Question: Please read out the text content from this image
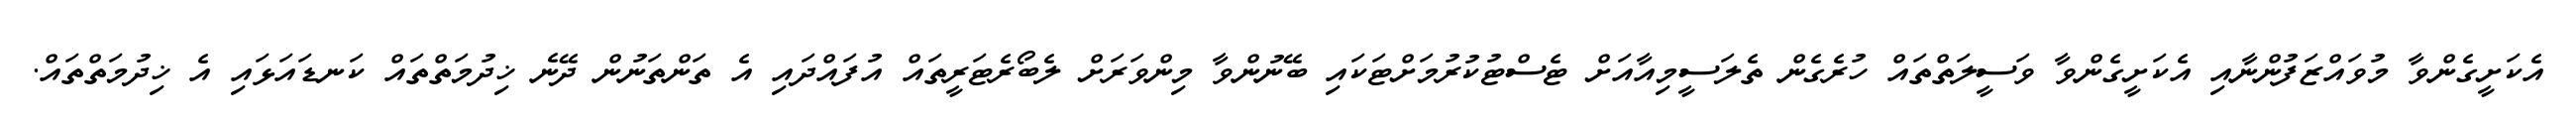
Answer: އެކަށީގެންވާ މުވައްޒަފުންނާއި އެކަށީގެންވާ ވަސީލަތްތައް ހުރެގެން ތެލަސީމިއާއަށް ޓެސްޓުކުރުމަށްޓަކައި ބޭނުންވާ މިންވަރަށް ލެބޯރެޓަރީތައް އުފައްދައި އެ ތަންތަނުން ދޭނެ ޚިދުމަތްތައް ކަނޑައަޅައި އެ ޚިދުމަތްތައް.